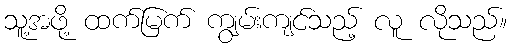
သူ့အဖို့ ထက်မြက် ကျွမ်းကျင်သည့် လူ လိုသည်။